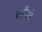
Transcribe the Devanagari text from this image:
ब्लँको